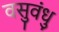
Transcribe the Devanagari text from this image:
वसुवंधु